Annual report of the Civil Veterinary Department, Bengal, for the year 1897-98 - 1897-1898
Year: 1897
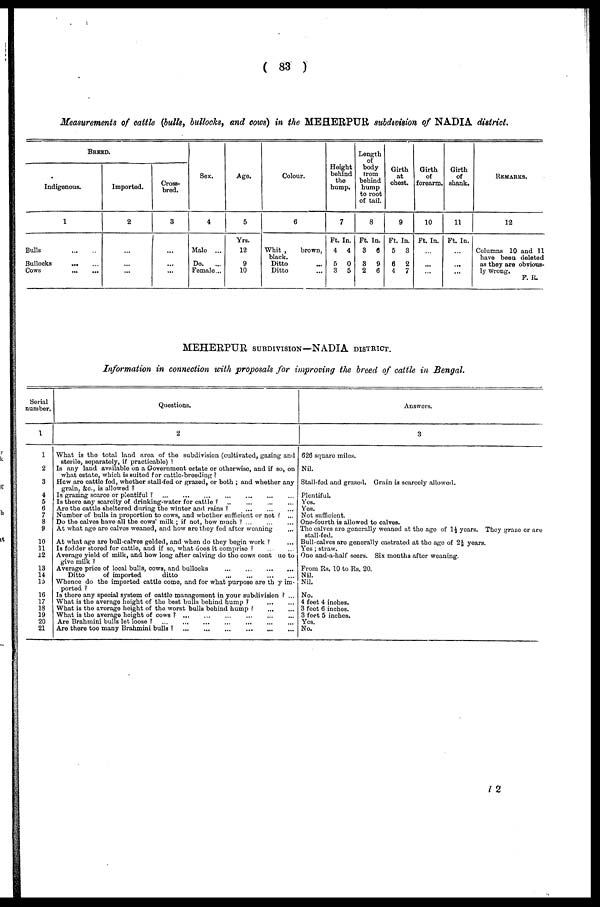
( 83 )
Measurements of cattle (bulls, bullocks, and cows) in the MEHERPUR. subdivision of NADIA district.
BREED.
Indigenous.
1
Bulls
Bullocks
...
Cows
Imported.
2
...
Cross-
bred.
3
Sex.
4
Male ...
Do.
...
Female...
Age.
5
Yrs.
12
9
10
Colour.
6
Whit ,
brown,
black.
Ditto
Ditto
Height
behind
the
hump.
7
Ft.
4
5
3
In.
4
0
5
Length
of
body
from
behind
hump
to root
of tail.
8
Ft.
3
3
2
In.
6
9
6
Girth
at
chest.
Ft.
5
6
4
9
In.
3
2
7
Girth
of
forearm.
10
Ft. In.
...
Girth
of
shank.
11
Ft. In.
...
REMARKS.
12
Columns 10 and 11
have been deleted
as they are obvious-
ly wrong.
F. R.
MEHERPUR SUBDIVISION—NADIA DISTRICT.
Information in connection with proposals for improving the breed of cattle in Bengal.
Serial
number.
1
1
2
3
4
5
6
7
8
9
10
11
12
13
14
15
16
17
18
19
20
21
Questions.
2
What is the total land area of the subdivision (cultivated, gazing and
sterile, separately, if practicable) ?
Is any land available on a Government estate or otherwise, and if so, on
what estate, which is suited for cattle-breeding ?
How are cattle fed, whether stall-fed or grazed, or both ; and whether any
grain, &c, is allowed ?
Is grazing scarce or plentiful ? ... ... ... ... ... ... ...
Is there any scarcity of drinking-water for cattle ? ... ... ... ... ... ...
Are the cattle sheltered during the winter and rains ?
...
...
...
Number of bulls in proportion to cows, and whether sufficient or not ? ...
Do the calves have all the cows' milk ; if not, how much ? ... ... ...
At what age are calves weaned, and how are they fed after weaning
At what age are bull-calves gelded, and when do they begin work ? ...
Is fodder stored for cattle, and if so, what does it comprise ? ... ... ... ... ... ...
Average yield of milk, and how long after calving do the cows cont ue to
give milk ?
Average price of local bulls, cows, and bullocks
...
Ditto
of imported
ditto
...
Whence do the imported cattle come, and for what purpose are th y im-
ported ?
Is there any special system of cattle management in your subdivision ? ...
What is the average height of the best bulls behind hump ?
What is the average height of the worst bulls behind hump ?
...
...
What is the average height of cows? ... ... ... ... ... ... ...
Are Brahmini bulls let loose ? ... ... ... ... ... ... ...
Are there too many Brahmini bulls ? ...
...
...
Answers.
3
626 square miles.
Nil.
Stall-fed and grazed. Grain is scarcely allowed.
Plentiful.
Yes.
Yes.
Not sufficient.
One-fourth is allowed to calves.
The calves are generally weaned at the age of 1½ years. They graze or are
stall-fed.
Bull-calves are generally castrated at the age of 2½ years.
Yes ; straw.
One and-a-half seers. Six months after weaning.
From Rs. 10 to Rs. 20.
Nil.
Nil.
No.
4 feet 4 inches.
3 feet 6 inches.
3 feet 5 inches.
Yes.
No.
I 2